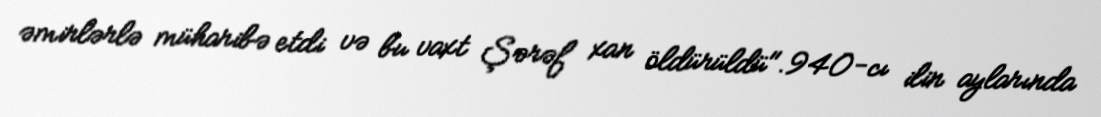
əmirlərlə müharibə etdi və bu vaxt Şərəf xan öldürüldü".940-cı ilin aylarında